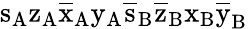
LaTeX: \mathrm{s_{A}\mathrm{z_{A}\mathrm{\overline{{x}}_{A}\mathrm{y_{A}\mathrm{\overline{{s}}_{B}\mathrm{\overline{{z}}_{B}\mathrm{x_{B}\mathrm{\overline{{y}}_{B}}}}}}}}}